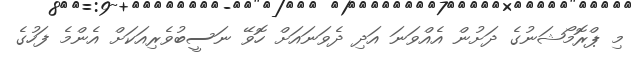
މި ޕްރޮމޯޝަނުގެ ދަށުން އެއްވަނަ އަދި ދެވަނައަށް ހޮވޭ ނަސީބުވެރިއަކަށް އެންމެ ފަހުގެ